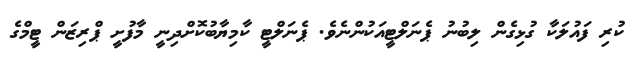
ކުރި ފައުލަކާ ގުޅިގެން ލިބުނު ޕެނަލްޓީއަކުންނެވެ. ޕެނަލްޓީ ކާމިޔާބުކޮށްދިނީ މާފުށީ ޕްރިޒަން ޓީމްގެ